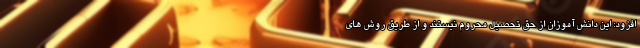
افزود: این دانش آموزان از حق تحصیل محروم نیستند و از طریق روش های